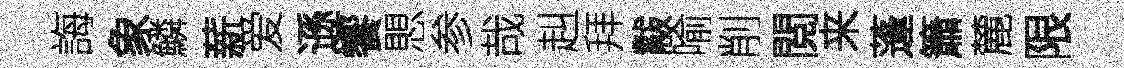
誨象鱗薪爱遜饗愳参哉赳拜黻喻削閲来蓬簫麓限